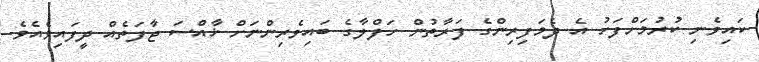
ކައިވެނި ކުރުމަށްފަހު އެ ދެމަފިރިންގެ ފަރާތުން ހަފްލާގެ ބައިވެރިންނަށް ޚާއްސަ ޖާފަތެއް ދީފައިވެއެވެ.